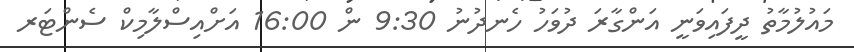
މައުލުމާތު ދީފައިވަނީ އަންގާރަ ދުވަހު ހެނދުނު 9:30 ން 16:00 އަށްއިސްލާމިކް ސެންޓަރ